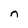
Character: n